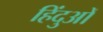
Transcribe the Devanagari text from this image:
हिंदुआें